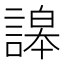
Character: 䜂